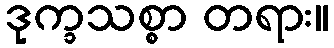
ဒုက္ခသစ္စာ တရား။